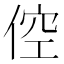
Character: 倥